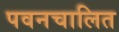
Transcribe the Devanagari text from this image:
पवनचालित